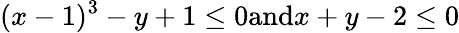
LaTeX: (x-1)^{3}-y+1\leq 0{\mathrm{and}}x+y-2\leq 0